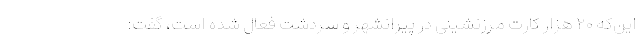
این‌که ۲۰ هزار کارت مرزنشینی در پیرانشهر و سردشت فعال شده است، گفت: